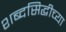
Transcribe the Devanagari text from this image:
शब्दसिद्धीच्या